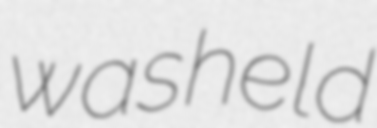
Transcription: was held